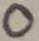
Text: 0